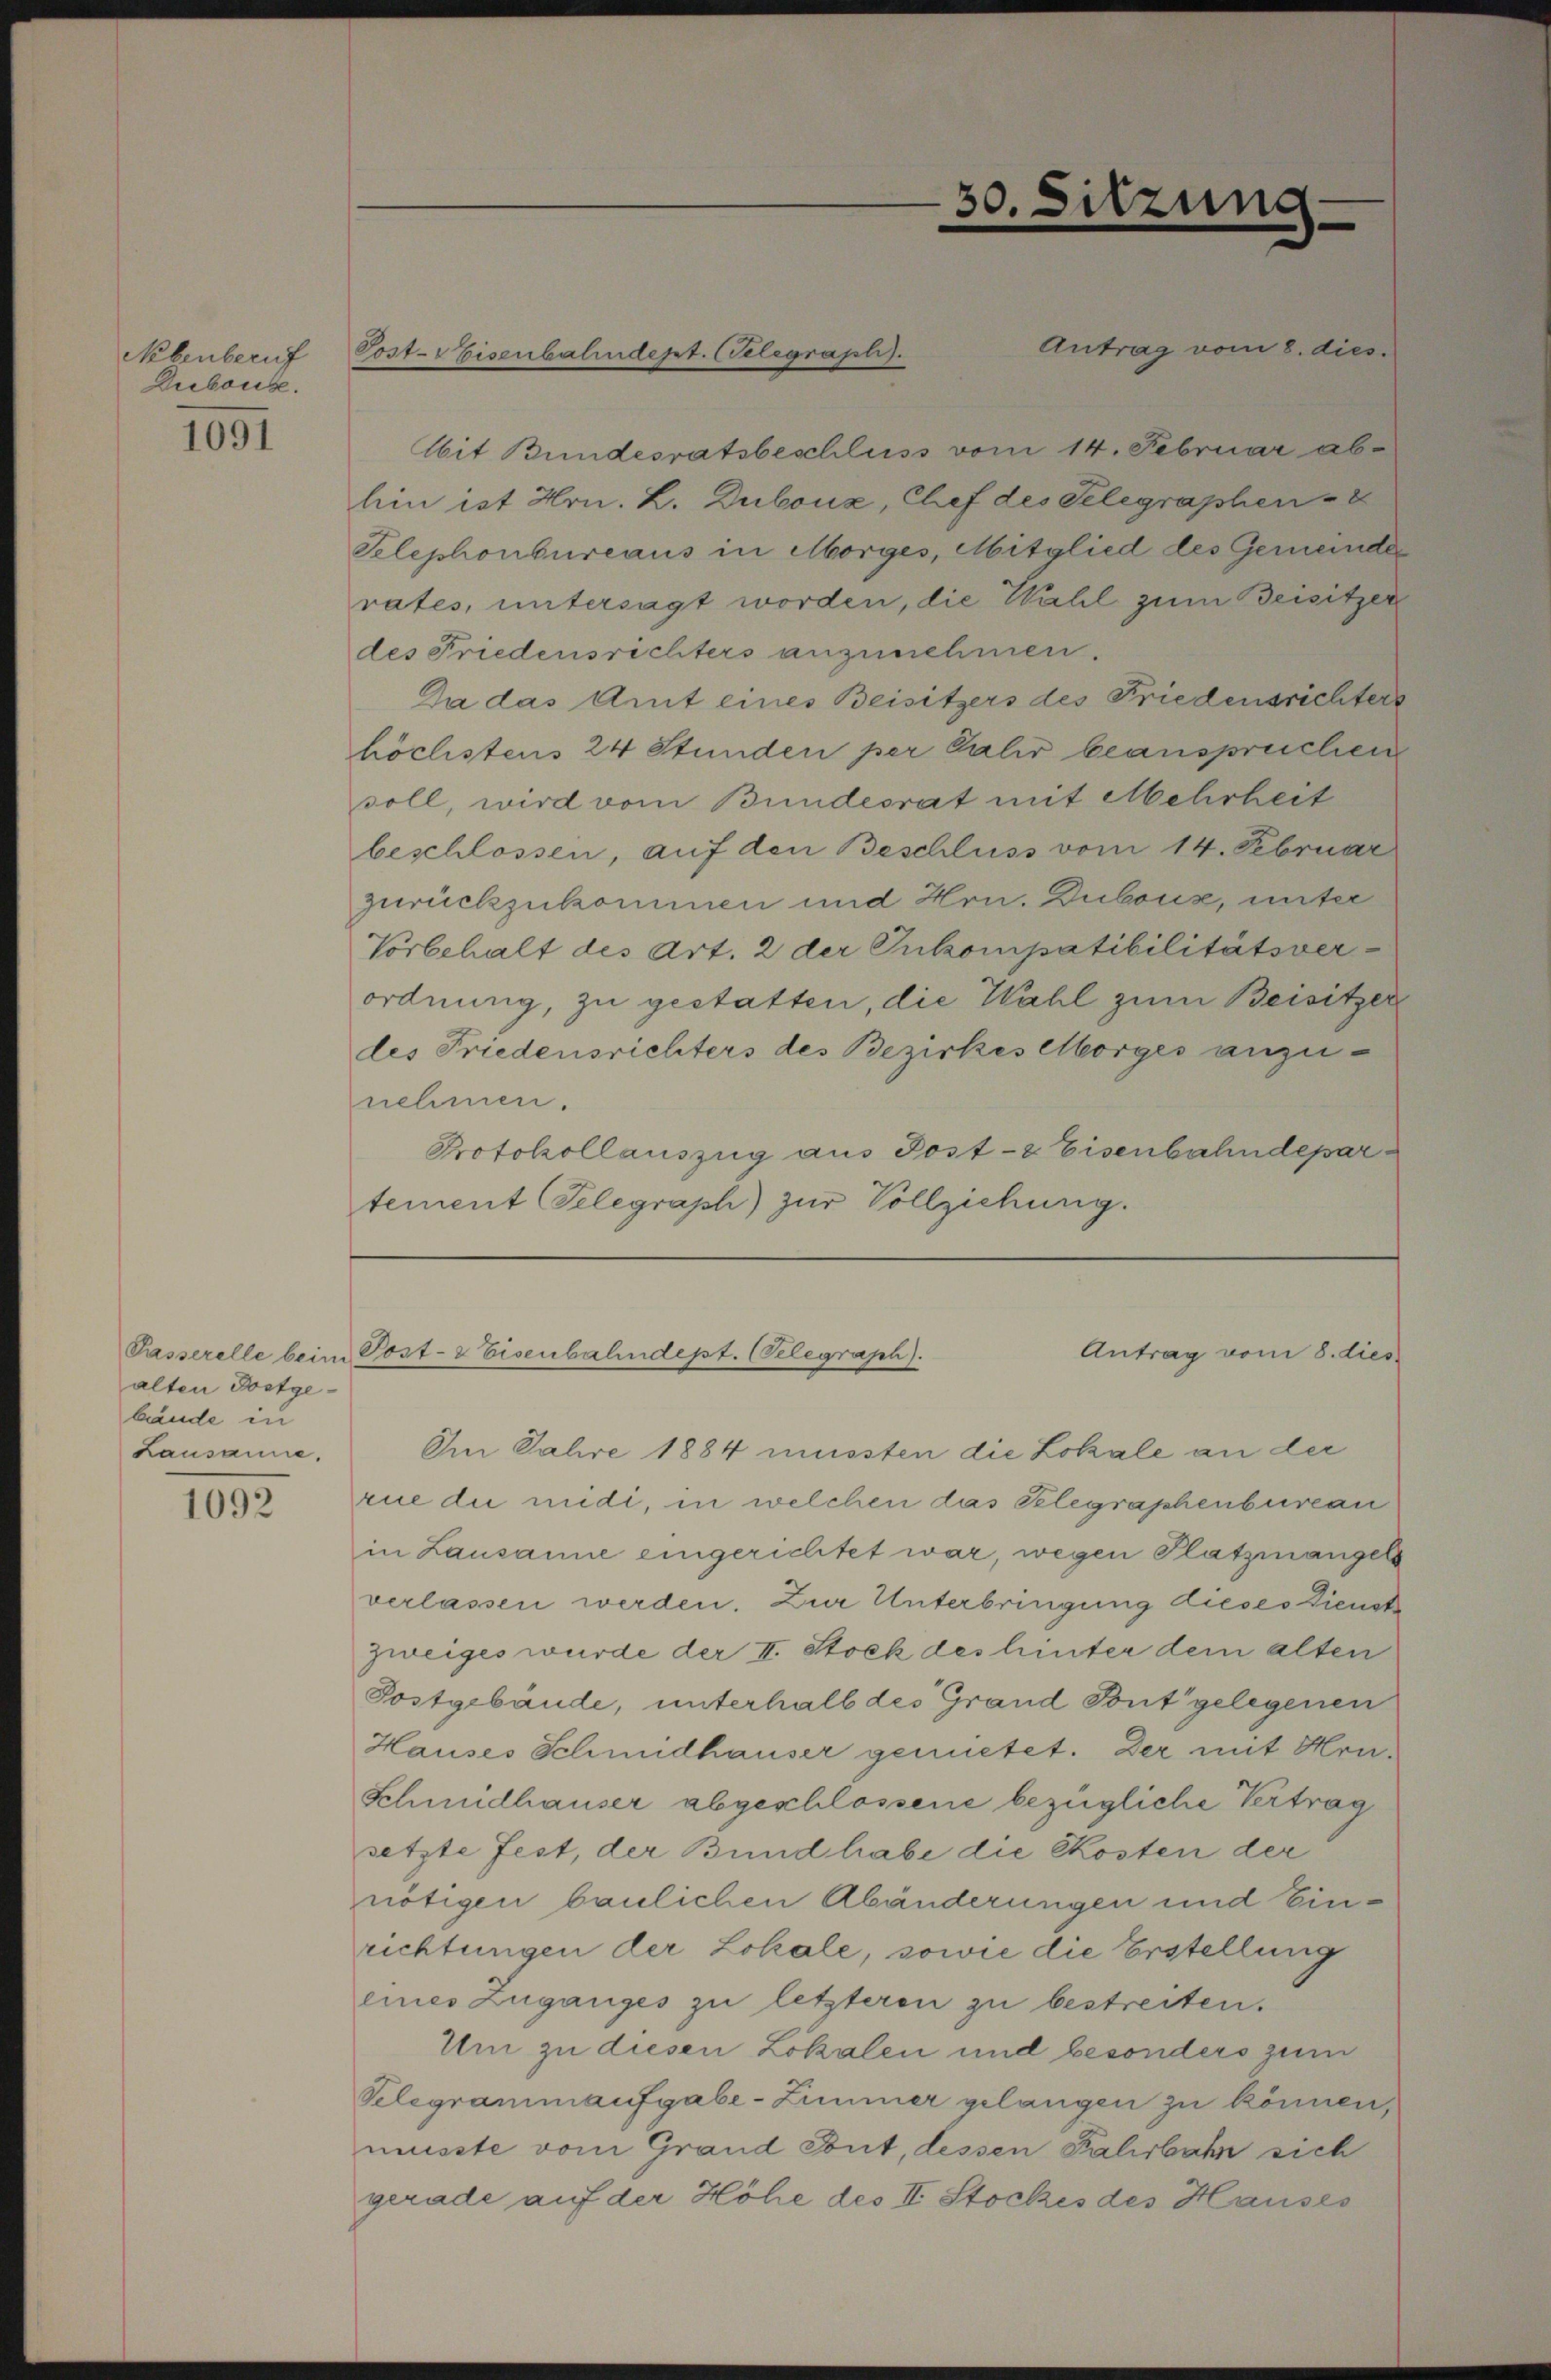
Nebenberuf
Dubous.

1091

Passerelle beim
alten Postgebände in
Lausanne,

1092

Antrag vom 8. dies
Ait Bundesratsbeschluss vom 14. Februar abhin ist Hrn. L. Dubouz, Chef des Telegraphen-
Telephonbureaus in Morges, Mitglied des Gemeinde
rates, untersagt worden, die Wahl zum Beisitzer
des Friedensrichters anzunehmen.
Da das Amt eines Beisitzers des Friedensrichters
höclistens 24 Stunden per Jahr beansprechen
soll, wird vom Bundesrat mit Mehrheit
beschlossen, auf den Beschluss vom 14. Februar
zurückzukommen und Hrn. Dubois, unter
Vorbehalt des Art. 2 der Inkompatibilitätsverordnung, zu gestatten, die Wahl zum Beisitzer
des Friedensrichters des Bezirkes Morges anzunehmen.
Protokollauszug aus Post- & Eisenbahndepartement Telegraph) zur Vollziehung.

Post-Eisenbalindept. (Telegraph.

Im Jahre 1884 mussten die Lokale an der
rue die midi, in welchen das Telegraphenbureau
in Lausanne eingerichtet war, wegen Platzmangel
verlassen werden. Zur Unterbringung dieses Dienst
zweiges wurde der II. Stock des hinter dem alten
Postgebäude, unterhalb des Grand Pont gelegenen
Hauses Schmidhauser gemietet. Der mit Hrn.
Schmidhauser abgeschlossene bezügliche Vertrag
setzte Fest, der Bund habe die Kosten der
nötigen baulichen Abänderungen und Ein-
richtungen der Lokale, sowie die Erstellung
eines Zuganges zu letzteren zu bestreiten.
Um zu diesen Lokalen und besonders zum
Telegrammanfgabe-Zimmer gelangen zu können,
müsste vom Grand Pont, dessen Kalisbahr sich
gerade auf der Höhe des II. Stockes des Hauses

30. Sitzung

Post- & Eisenbahndept. (Telegraph).
Antrag vom 8. dies